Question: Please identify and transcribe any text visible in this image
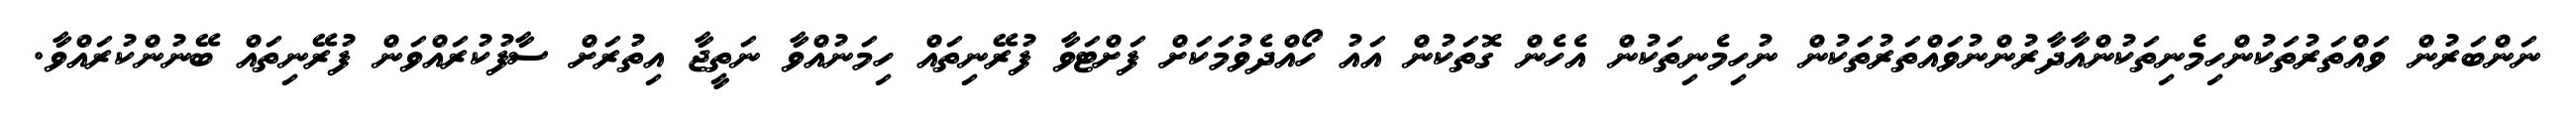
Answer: ނަންބަރުން ވައްތަރުތަކުންހިމެނިތަކުންއާދާރުންނުވައްތަރުތަކުން ނުހިމެނިތަކުން އެހެން ގޮތަކުން އައު ހޯއްދެވުމަކަށް ފަށްޓަވާ ފުރޭނިތައް ހިމަނުއްވާ ނަތީޖާ އިތުރަށް ސާފުކުރައްވަން ފުރޭނިތައް ބޭނުންކުރައްވާ.